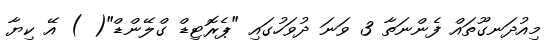
މިއުދަނގޫތައް ފެންނަތާ 3 ވަނަ ދުވަހުގައި "ޕެރޮޓިޑް ގްލޭންޑް"( ) އޭ ކިޔާ